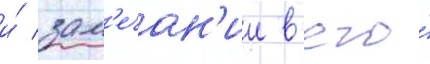
и́ зам'ечан'ии в его́